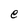
Character: e